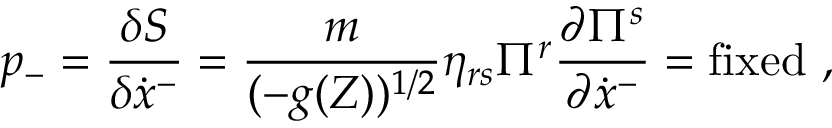
p _ { - } = \frac { \delta S } { \delta \dot { x } ^ { - } } = \frac { m } { ( - g ( Z ) ) ^ { 1 / 2 } } \eta _ { r s } \Pi ^ { r } \frac { \partial \Pi ^ { s } } { \partial \dot { x } ^ { - } } = \mathrm { f i x e d ~ } ,